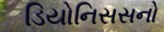
ડિયોનિસસનો